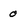
Character: 0